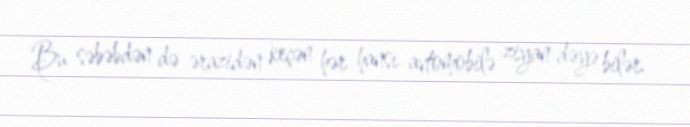
Bu səbəbdən də ərazidən keçən hər hansı avtomobilə ziyan dəyə bilər.